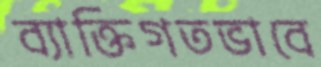
ব্যাক্তিগতভাবে